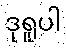
ဒုရူပါ